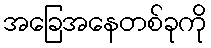
အခြေအနေတစ်ခုကို